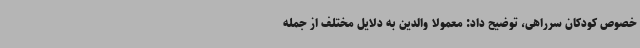
خصوص کودکان سرراهی، توضیح داد: معمولا والدین به دلایل مختلف از جمله